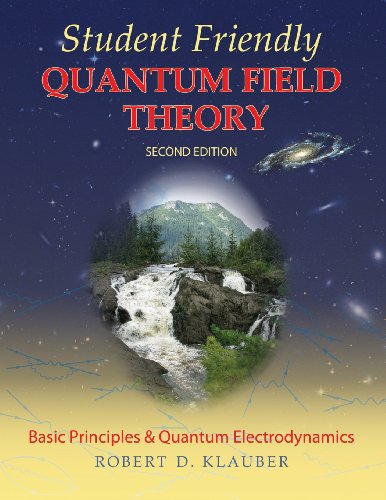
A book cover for Student Friendly Quantum Field Theory; Robert D. Klauber; Science & Math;